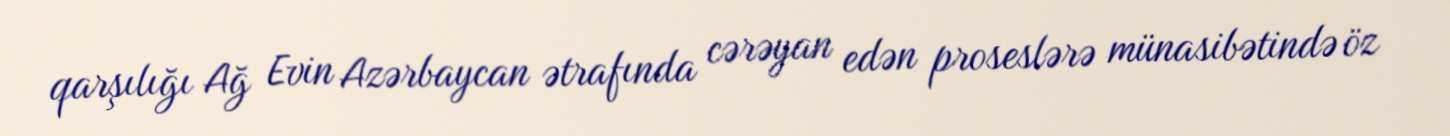
qarşılığı Ağ Evin Azərbaycan ətrafında cərəyan edən proseslərə münasibətində öz